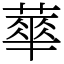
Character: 蕐